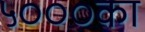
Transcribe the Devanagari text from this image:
५०००का